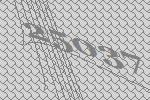
25037